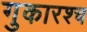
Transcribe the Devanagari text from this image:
गुकारश्च